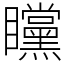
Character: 矘